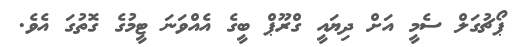
ޕޯޗުގަލް ސެމީ އަށް ދިޔައީ ގްރޫޕް ބީގެ އެއްވަނަ ޓީމުގެ ގޮތުގަ އެވެ.